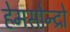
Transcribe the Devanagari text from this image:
हेमसोन्द्रो